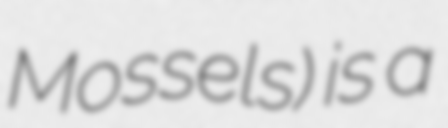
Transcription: Mossels) is a